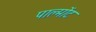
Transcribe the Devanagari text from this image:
पाल्मोंट